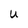
Character: U